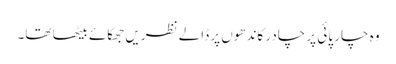
وہ چار پائی پر چادر کاندھوں پر ڈالے نظریں جھکائے بیٹھا تھا۔